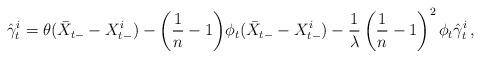
LaTeX: \begin{align*}\hat \gamma^i_t=\theta(\bar X_{t-}-X_{t-}^i)-\bigg(\frac{1}{n}-1\bigg)\phi_{t}(\bar X_{t-}-X^i_{t-}) -\frac{1}{\lambda }\left(\frac{1}{n}-1\right)^2\phi_{t} \hat \gamma^i_t\,,\end{align*}